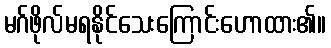
မဂ်ဖိုလ်မရနိုင်သေးကြောင်းဟောထား၏။